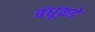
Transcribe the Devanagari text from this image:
बंधूंकडे